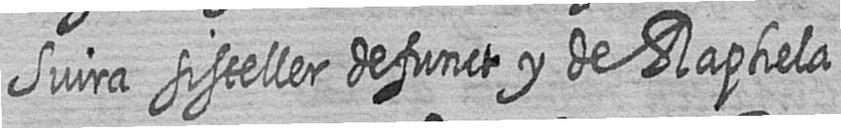
Suira sisteller defunct y de Raphela